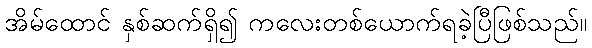
အိမ်ထောင် နှစ်ဆက်ရှိ၍ ကလေးတစ်ယောက်ရခဲ့ပြီဖြစ်သည်။